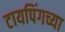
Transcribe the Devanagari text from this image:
टायपिंगच्या